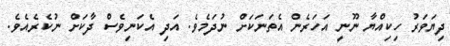
ދިޔަވަރު ހިކިއްޔާ ނޫނީ އަހަރެން އެތަނަކަށް ނުދަމެވެ. އަދި އެކަނިވެސް ދާކަށް ނުކެރެއެވެ.